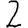
Digit: 2